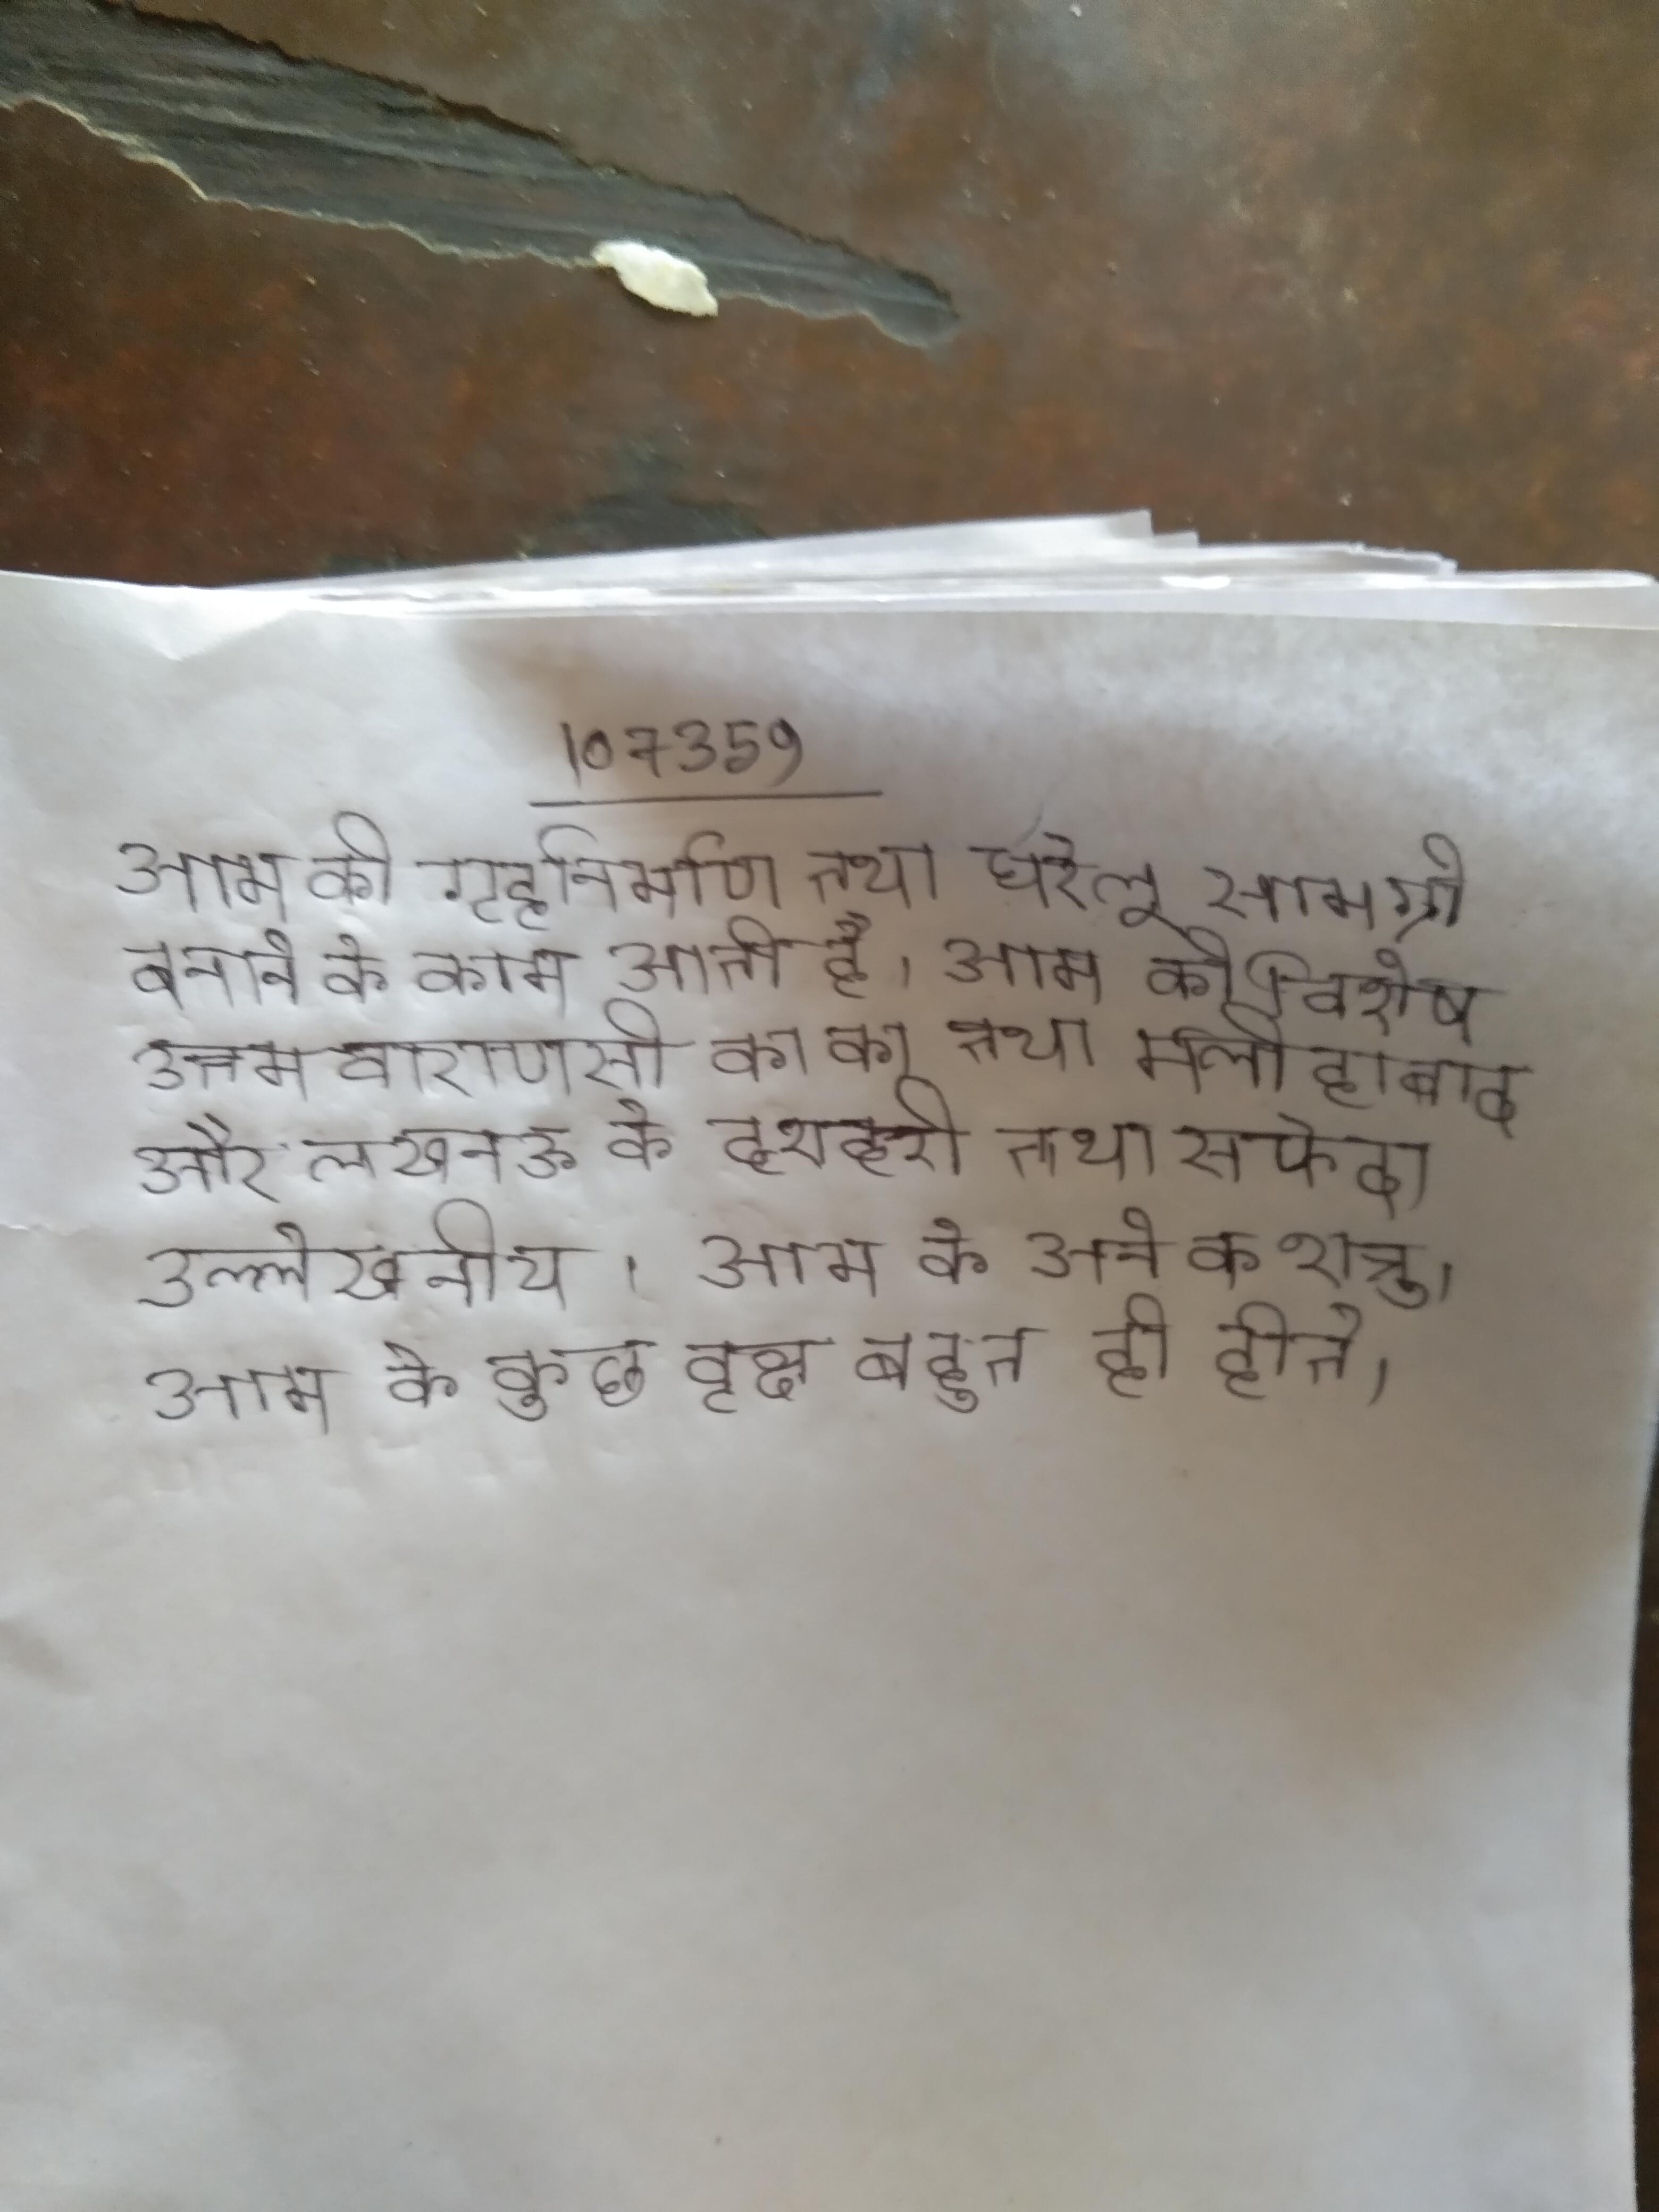
आम की गृहनिर्माण तथा घरेलू सामग्री बनाने के काम आती है । आम की विशेष उत्तम वाराणसी का का तथा मलीहाबाद और लखनऊ के दशहरी तथा सफेदा उल्लेखनीय । आम के अनेक शत्रु । आम के कुछ वृक्ष बहुत ही होते ।